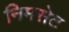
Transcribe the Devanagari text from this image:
निमसेट